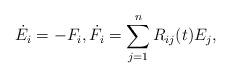
LaTeX: \begin{align*}\dot{E}_i = - F_i, \dot{F}_i = \sum_{j=1}^n R_{ij}(t) E_j,\end{align*}